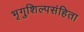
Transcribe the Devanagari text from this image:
भृगुशिल्पसंहिता